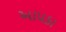
આપકા